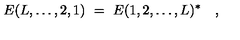
E ( L , \ldots , 2 , 1 ) \ = \ E ( 1 , 2 , \ldots , L ) ^ { * } \quad ,